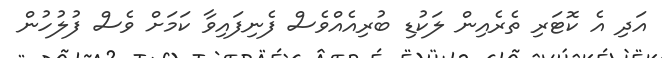
އަދި އެ ކޮޓަރި ތެރެއިން ލަކުޑި ބުރިއެއްވެސް ފެނިފައިވާ ކަމަށް ވެސް ފުލުހުން